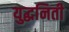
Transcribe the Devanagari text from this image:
युद्धनिती